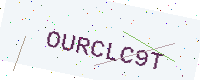
Text: OURCLC9T